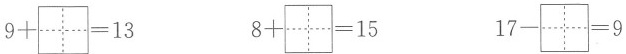
$$9+\aquare =13$$ $$8+\aquare =15$$ $$17-\aquare =9$$